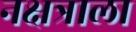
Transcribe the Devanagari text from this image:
नक्षत्राला